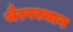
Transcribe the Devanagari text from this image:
भैरवस्थान